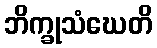
ဘိက္ခုသံဃေတိ